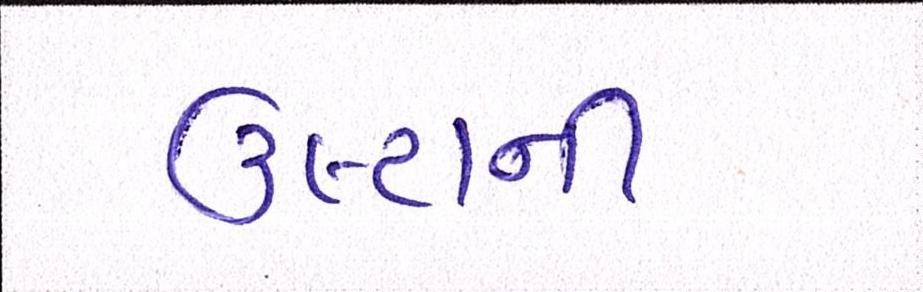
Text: ઉલ્ટાની